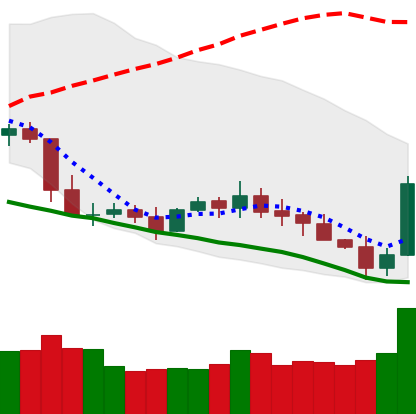
Ticker: XLM-USD
Chart end date: 2019-05-11
Forward return: 31.714%
Label: up_7plus